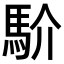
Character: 𩡺